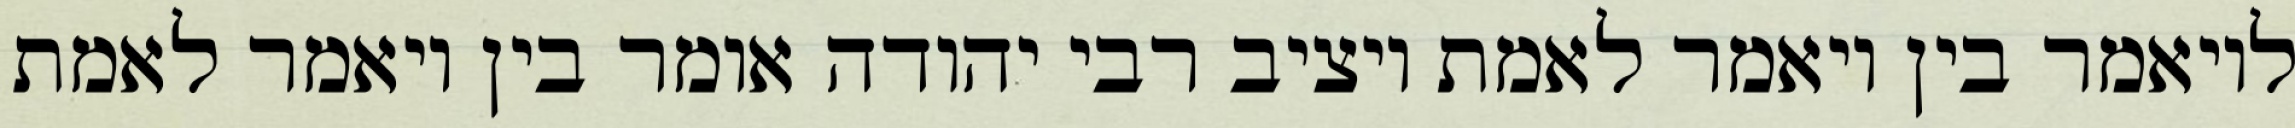
לויאמר בין ויאמר לאמת ויציב רבי יהודה אומר בין ויאמר לאמת